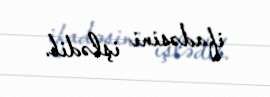
ifadəsini işlədib.